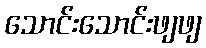
သောင်းသောင်းဖျဖျ